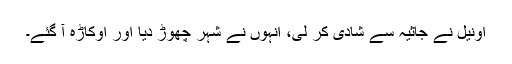
اونیل نے جاثیہ سے شادی کر لی، انہوں نے شہر چھوڑ دیا اور اوکاڑہ آ گئے۔